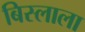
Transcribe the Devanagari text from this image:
बिस्लाला